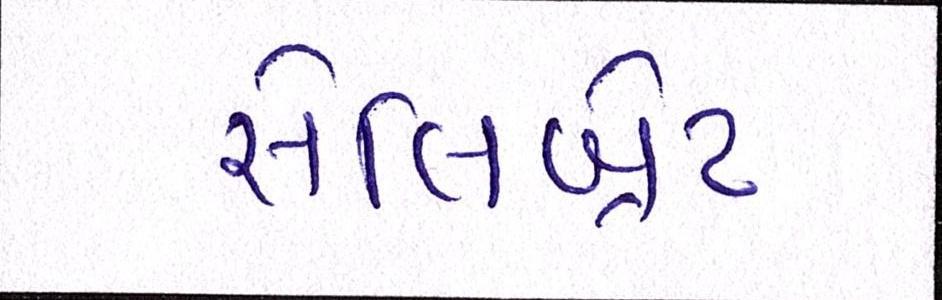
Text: સેલિબ્રેટ